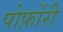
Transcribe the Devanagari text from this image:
पोर्फ़ोरी